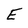
Character: E